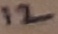
Text: 12